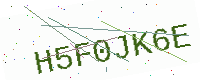
Text: H5F0JK6E